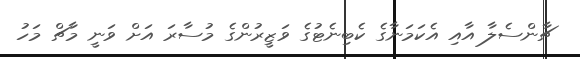
ޗާންސެލާ އާއި އެކަމަނާގެ ކެބިނެޓުގެ ވަޒީރުންގެ މުސާރަ އަށް ވަނީ މާޗް މަހު